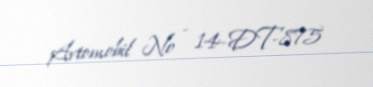
Avtomobil № - 14-DT-875